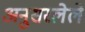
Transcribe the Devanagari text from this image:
अनुसरलेले